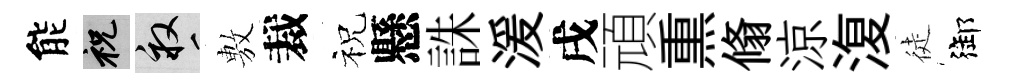
能祝畝𢾾裁祝懸誅湲戌頑𤋱翛涼𣸪徒御